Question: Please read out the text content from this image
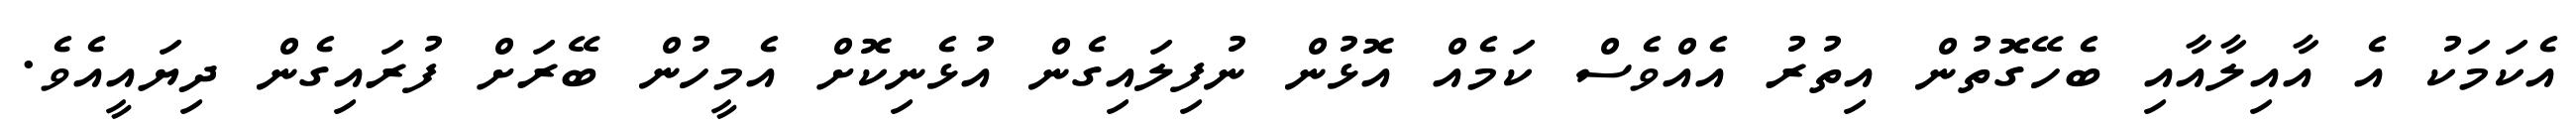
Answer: އެކަމަކު އެ އާއިލާއާއި ބެހޭގޮތުން އިތުރު އެއްވެސް ކަމެއް އޮޅުން ނުފިލައިގެން އުޅެނިކޮށް އެމީހުން ބޭރަށް ފުރައިގެން ދިޔައީއެވެ.